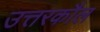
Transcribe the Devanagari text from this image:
उत्तरकौल